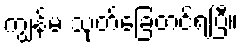
ကျွန်မ သုတ်ခြေတင်ရပြီ။